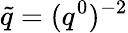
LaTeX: \tilde{q}=(q^{0})^{-2}